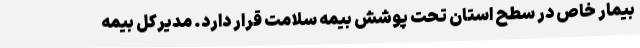
بیمار خاص در سطح استان تحت پوشش بیمه سلامت قرار دارد. مدیرکل بیمه